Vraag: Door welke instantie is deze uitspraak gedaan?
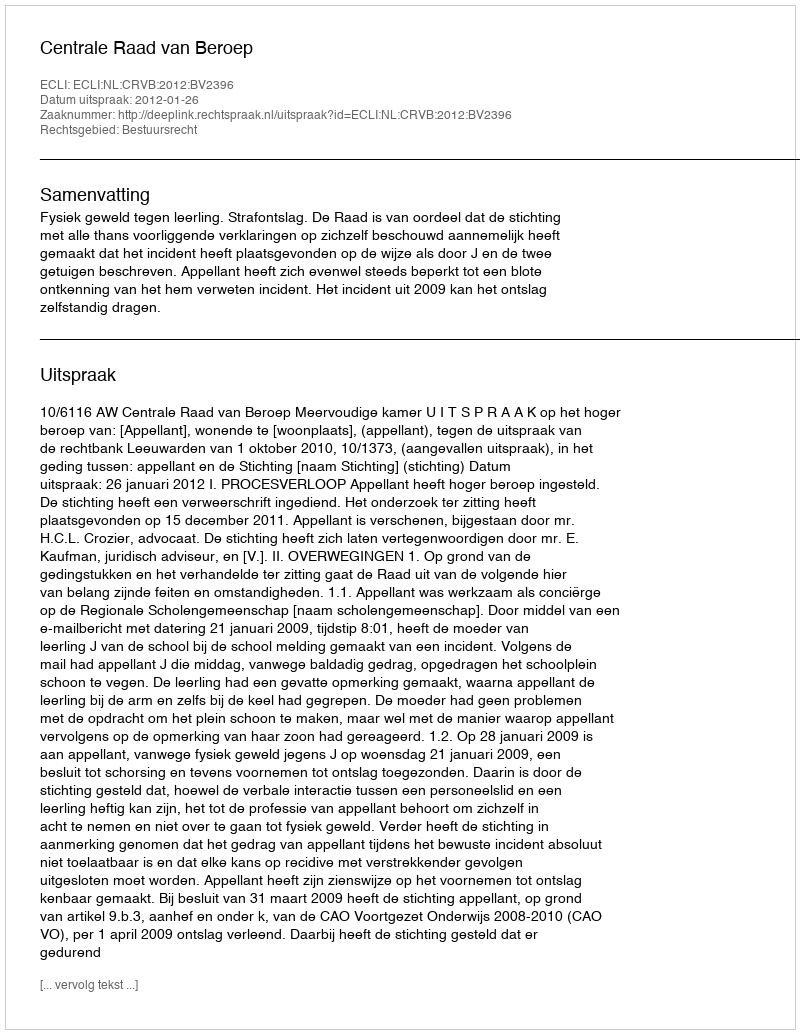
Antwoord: Centrale Raad van Beroep